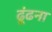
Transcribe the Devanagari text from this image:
ढ़ूंढना